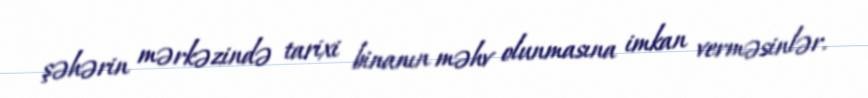
şəhərin mərkəzində tarixi binanın məhv olunmasına imkan verməsinlər.